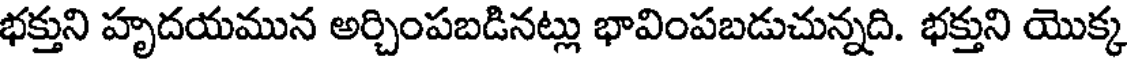
భక్తుని హృదయమున అర్చింపబడినట్లు భావింపబడుచున్నది. భక్తుని యొక్క